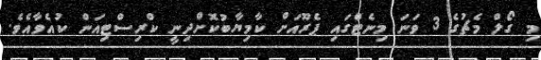
މި ގޯލް މެޗުގެ 3 ވަނަ މިނެޓްގައި ޕެރޫއަށް ކާމިޔާބުކޮށްދިނީ ކްރިސްޓިއަން ކުއެވާއެވެ.